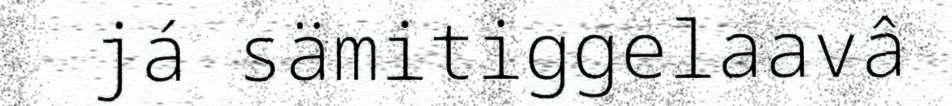
já sämitiggelaavâ